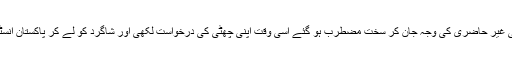
ڈاکٹر نثار احمد قریشی کلاس میں آئے اس کی غیر حاضری کی وجہ جان کر سخت مضطرب ہو گئے اسی وقت اپنی چھٹی کی درخواست لکھی اور شاگرد کو لے کر پاکستان انسٹی ٹیوٹ آف میڈیکل سائنسز اسلام آباد پہنچے۔